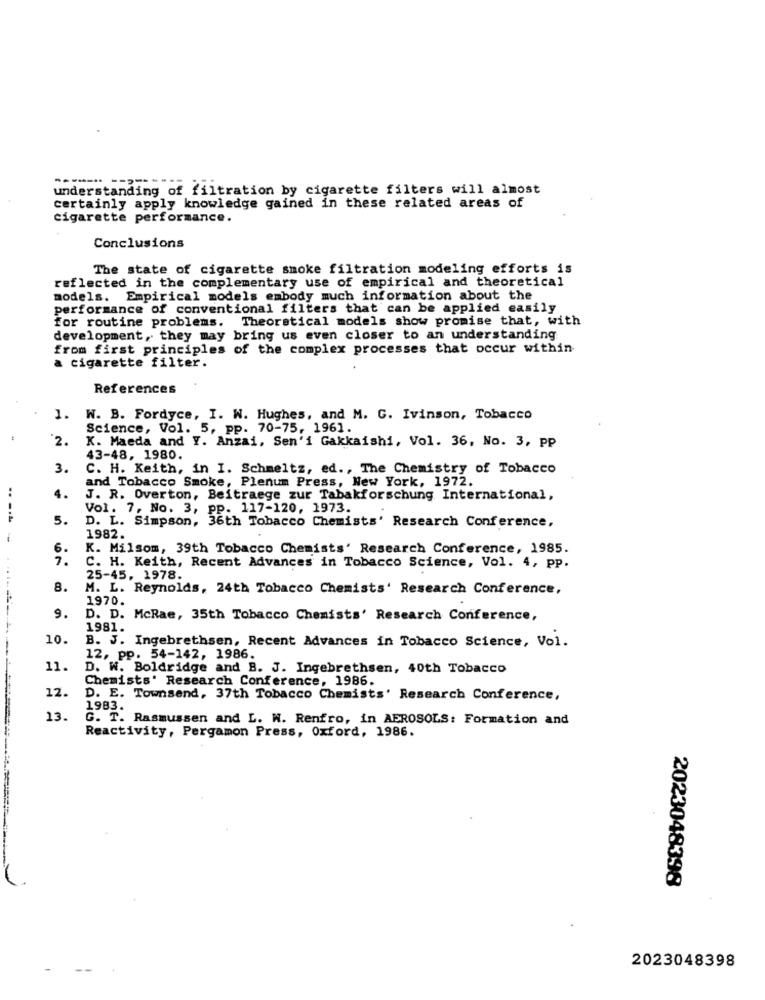
understanding of filtration by cigarette filters will almost
certainly apply knowledge gained in these related areas of
cigarette performance.
Conclusions
The state of cigarette smoke filtration modeling efforts is
reflected in the complementary use of empirical and theoretical
models. Empirical models embody much information about the
performance of conventional filters that can be applied easily
for routine problems. Theoretical models show promise that, with
development, they may bring us even closer to an understanding
from first principles of the complex processes that occur within
a cigarette filter.
References
1. W. B. Fordyce, I. W. Hughes, and M. G. Ivinson, Tobacco
Science, Vol. 5, pp. 70-75, 1961.
44
2.
K. Maeda and Y. Anzai, Sen'i Gakkaishi, Vol. 36, No. 3, pp
43-48, 1980.
3.
C. H. Keith, in I. Schmeltz, ed ., The Chemistry of Tobacco
and Tobacco Smoke, Plenum Press, New York, 1972.
4.
J. R. Overton, Beitraege zur Tabakforschung International,
Vol. 7, No. 3, pp. 117-120, 1973.
.. -..
5.
D. L. Simpson, 36th Tobacco Chemists' Research Conference,
1982.
K. Milsom, 39th Tobacco Chemists' Research Conference, 1985.
C. H. Keith, Recent Advances in Tobacco Science, Vol. 4, pp.
25-45, 1978.
8.
M. L. Reynolds, 24th Tobacco Chemists' Research Conference,
1970.
9.
D. D. McRae, 35th Tobacco Chemists' Research Conference,
1981.
10.
B. J. Ingebrethsen, Recent Advances in Tobacco Science, Vol.
12, pp. 54-142, 1986.
11.
D. W. Boldridge and B. J. Ingebrethsen, 40th Tobacco
Chemists' Research Conference, 1986.
12.
D. E. Townsend, 37th Tobacco Chemists' Research Conference,
1983.
13.
G. T. Rasmussen and L. W. Renfro, in AEROSOLS: Formation and
Reactivity, Pergamon Press, Oxford, 1986.
2023048398
2023048398